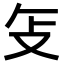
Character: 𫾦